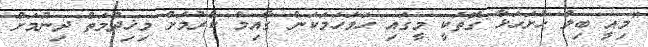
"މިއީ ބިލް ހުށަހަޅާ ގޮތަކީ މީގައި ހަމަހަމަކަން ގާއިމް ކުރުމަށް މިޚިދުމަތް ދިނުމަށް